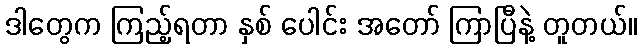
ဒါတွေက ကြည့်ရတာ နှစ် ပေါင်း အတော် ကြာပြီနဲ့ တူတယ်။